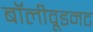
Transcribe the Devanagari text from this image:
बॉलीवूडनट